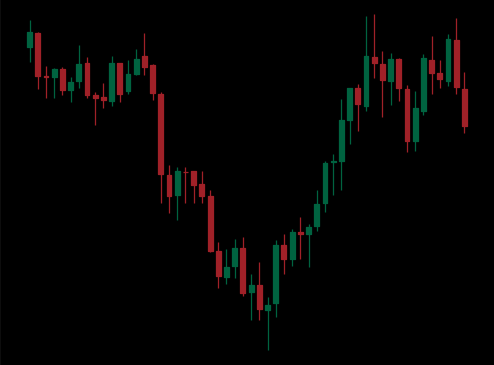
Pattern: inverse_head_shoulders